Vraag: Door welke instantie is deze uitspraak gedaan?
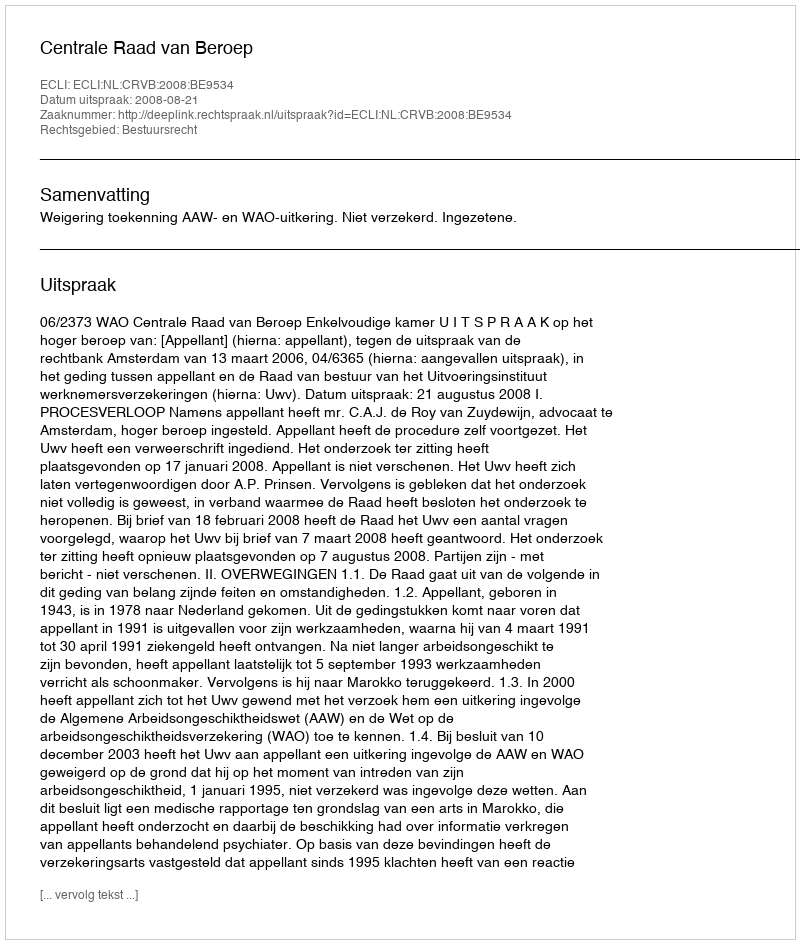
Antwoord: Centrale Raad van Beroep